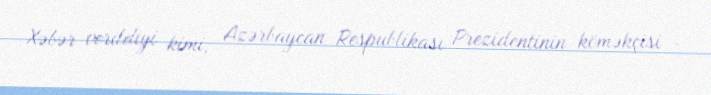
Xəbər verildiyi kimi, Azərbaycan Respublikası Prezidentinin köməkçisi -